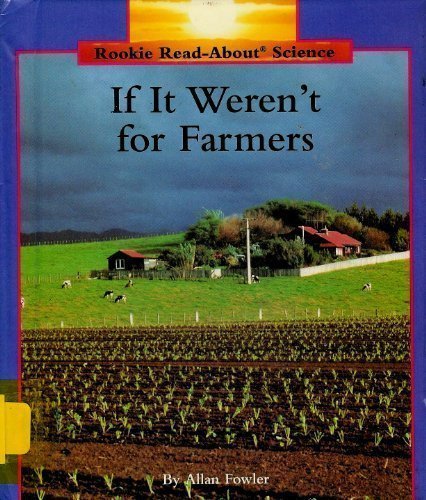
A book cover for If It Weren't for Farmers (Rookie Read-About Science); Allan Fowler; Children's Books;